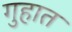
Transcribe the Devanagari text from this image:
गुहात